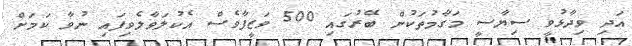
އަދި ވިދާޅުވީ ސިޔާސީ މަގާމުތަކުން ބޭރުގައި 500 ވަޒީފާވެސް އެކުލަވާލެވިފައި ނުވާ ކަމަށް